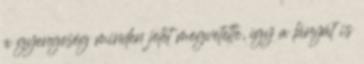
a gyengeség minden jelét megvetette, így a lányát is